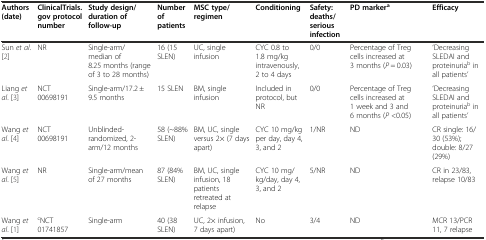
<table><thead><tr><td><b>Authors (date)</b></td><td><b>ClinicalTrials.gov protocol number</b></td><td><b>Study design/duration of follow-up</b></td><td><b>Number of patients</b></td><td><b>MSC type/regimen</b></td><td><b>Conditioning</b></td><td><b>Safety: deaths/serious infection</b></td><td><b>PD marker<sup>a</sup></b></td><td><b>Efficacy</b></td></tr></thead><tbody><tr><td>Sun <i>et al</i>. [2]</td><td>NR</td><td>Single-arm/ median of 8.25 months (range of 3 to 28 months)</td><td>16 (15 SLEN)</td><td>UC, single infusion</td><td>CYC 0.8 to 1.8 mg/kg intravenously, 2 to 4 days</td><td>0/0</td><td>Percentage of Treg cells increased at 3 months (<i>P</i> = 0.03)</td><td>‘Decreasing SLEDAI and proteinuria<sup>b</sup> in all patients’</td></tr><tr><td>Liang <i>et al</i>. [3]</td><td>NCT 00698191</td><td>Single-arm/17.2 ± 9.5 months</td><td>15 SLEN</td><td>BM, single infusion</td><td>Included in protocol, but NR</td><td>0/0</td><td>Percentage of Treg cells increased at 1 week and 3 and 6 months (<i>P</i> &lt;0.05)</td><td>‘Decreasing SLEDAI and proteinuria<sup>b</sup> in all patients’</td></tr><tr><td>Wang <i>et al</i>. [4]</td><td>NCT 00698191</td><td>Unblinded-randomized, 2-arm/12 months</td><td>58 (~88% SLEN)</td><td>BM, UC, single versus 2× (7 days apart)</td><td>CYC 10 mg/kg per day, day 4, 3, and 2</td><td>1/NR</td><td>ND</td><td>CR single: 16/30 (53%); double: 8/27 (29%)</td></tr><tr><td>Wang <i>et al</i>. [5]</td><td>NR</td><td>Single-arm/mean of 27 months</td><td>87 (84% SLEN)</td><td>BM, UC, single infusion, 18 patients retreated at relapse</td><td>CYC 10 mg/ kg/day, day 4, 3, and 2</td><td>5/NR</td><td>ND</td><td>CR in 23/83, relapse 10/83</td></tr><tr><td>Wang <i>et al</i>. [1]</td><td><sup>c</sup>NCT 01741857</td><td>Single-arm</td><td>40 (38 SLEN)</td><td>UC, 2× infusion, 7 days apart)</td><td>No</td><td>3/4</td><td>ND</td><td>MCR 13/PCR 11, 7 relapse</td></tr></tbody></table>